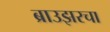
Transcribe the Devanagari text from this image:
ब्राउझरचा